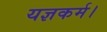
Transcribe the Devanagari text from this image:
यज्ञकर्म।